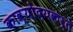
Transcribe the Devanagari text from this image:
काव्योदयकर्ते